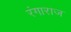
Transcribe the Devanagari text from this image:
रंगाराज